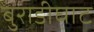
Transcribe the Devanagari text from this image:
बुराडीघाट